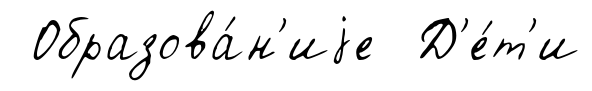
Образова́н'иjе Д'е́т'и